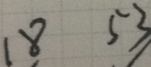
1 8 5 3